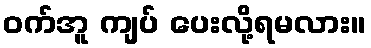
ဝက်အူ ကျပ် ပေးလို့ရမလား။